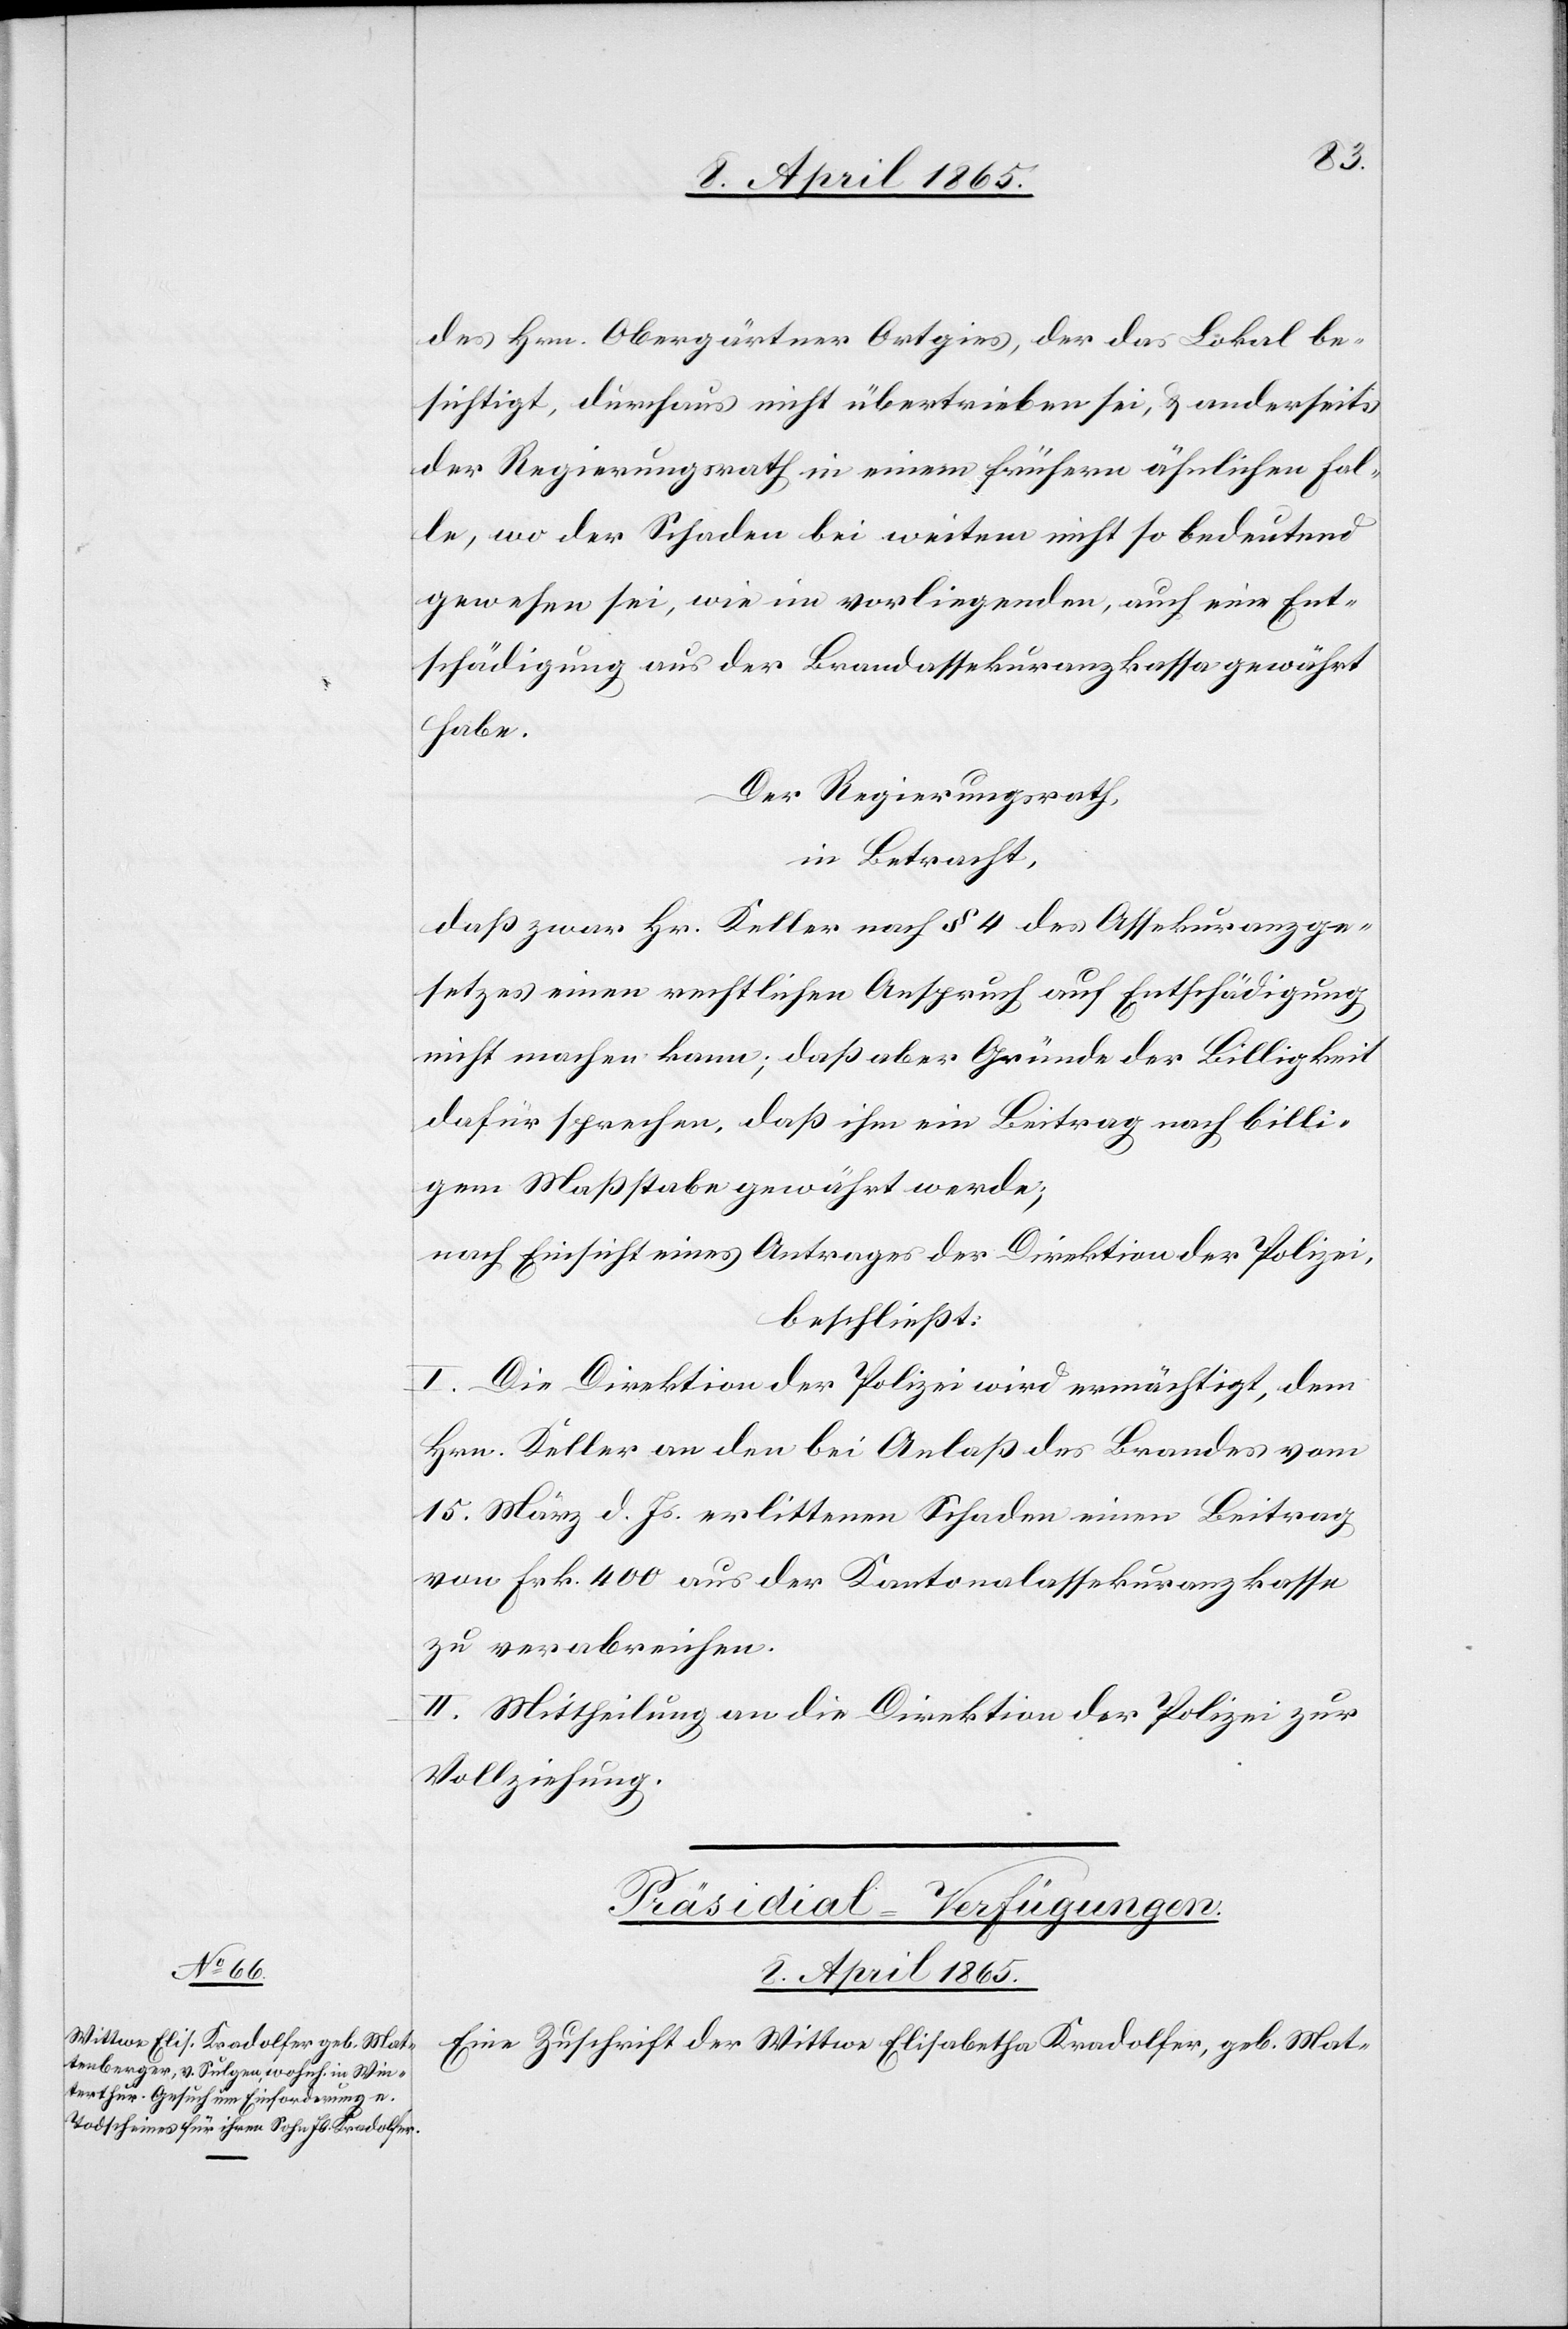
des Hrn. Obergärtner Ortgies, der das Lokal be¬
sichtigt, durchaus nicht übertrieben sei, & anderseits
der Regierungsrath in einem frühern ähnlichen Fal¬
le, wo der Schaden bei weitem nicht so bedeutend
gewesen sei, wie im vorliegenden, auch eine Ent¬
schädigung aus der Brandassekuranzkassa gewährt
habe.
Der Regierungsrath,
in Betracht,
daß zwar Hr. Keller nach § 4 des Assekuranzge¬
setzes einen rechtlichen Anspruch auf Entschädigung
nicht machen kann; daß aber Gründe der Billigkeit
dafür sprechen, daß ihm ein Beitrag nach billi¬
gem Maßstabe gewährt werde;
nach Einsicht eines Antrages der Direktion der Polizei,
beschließt:
I. Die Direktion der Polizei wird ermächtigt, dem
Hrn. Keller an den bei Anlaß des Brandes vom
15. März d. Js. erlittenen Schaden einen Beitrag
von Frk. 400 aus der Kantonalassekuranzkasse
zu verabreichen.
II. Mittheilung an die Direktion der Polizei zur
Vollziehung.
Präsidial-Verfügungen.
8. April 1865.
Eine Zuschrift der Wittwe Elisabetha Kradolfer, geb. Mat-